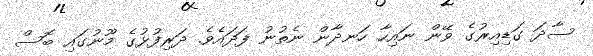
ސާދަ ގަޑިއިރުގެ ވޭން ނައިހާ ހަނދާން ނެތުނު ފަދައެވެ. ދަރިފުޅުގެ މޫނުގައި ބޮސް